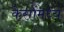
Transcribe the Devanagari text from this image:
केसांमध्ये